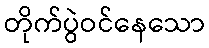
တိုက်ပွဲဝင်နေသော